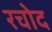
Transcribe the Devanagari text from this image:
रचोद